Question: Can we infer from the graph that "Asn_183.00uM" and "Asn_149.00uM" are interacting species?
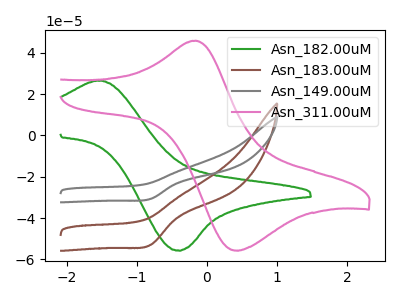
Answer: <think>The green curve "Asn_182.00uM" has an anodic peak at (-1.50V, 26.50uA) and a cathodic peak at (-0.40V, -55.65uA). The brown curve "Asn_183.00uM" has a cathodic peak at: (-0.80V, -52.95uA). The gray curve "Asn_149.00uM" has a cathodic peak at: (-0.80V, -30.70uA). The pink curve "Asn_311.00uM" has an anodic peak at (-0.15V, 45.85uA) and a cathodic peak at (0.40V, -55.70uA).
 All the peaks in "Asn_183.00uM" have a peak in "Asn_149.00uM" at the same potential. Every peak in "Asn_183.00uM" is higher than every peak in "Asn_149.00uM".</think>
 <answer>No, "Asn_183.00uM" and "Asn_149.00uM" don't appear to be significantly different in shape</answer>
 <eval>no_change</eval>